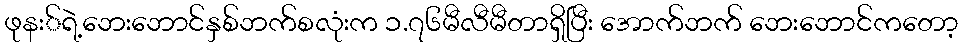
ဖုနး်ရဲ့ဘေးဘောင်နှစ်ဘက်စလုံးက ၁.၇၆မီလီမီတာရှိပြီး အောက်ဘက် ဘေးဘောင်ကတော့